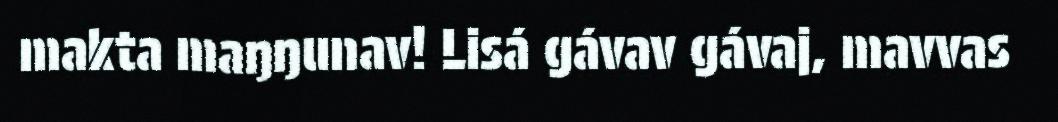
makta maŋŋunav! Lisá gávav gávaj, mavvas